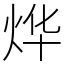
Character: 烨